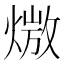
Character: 𪹖